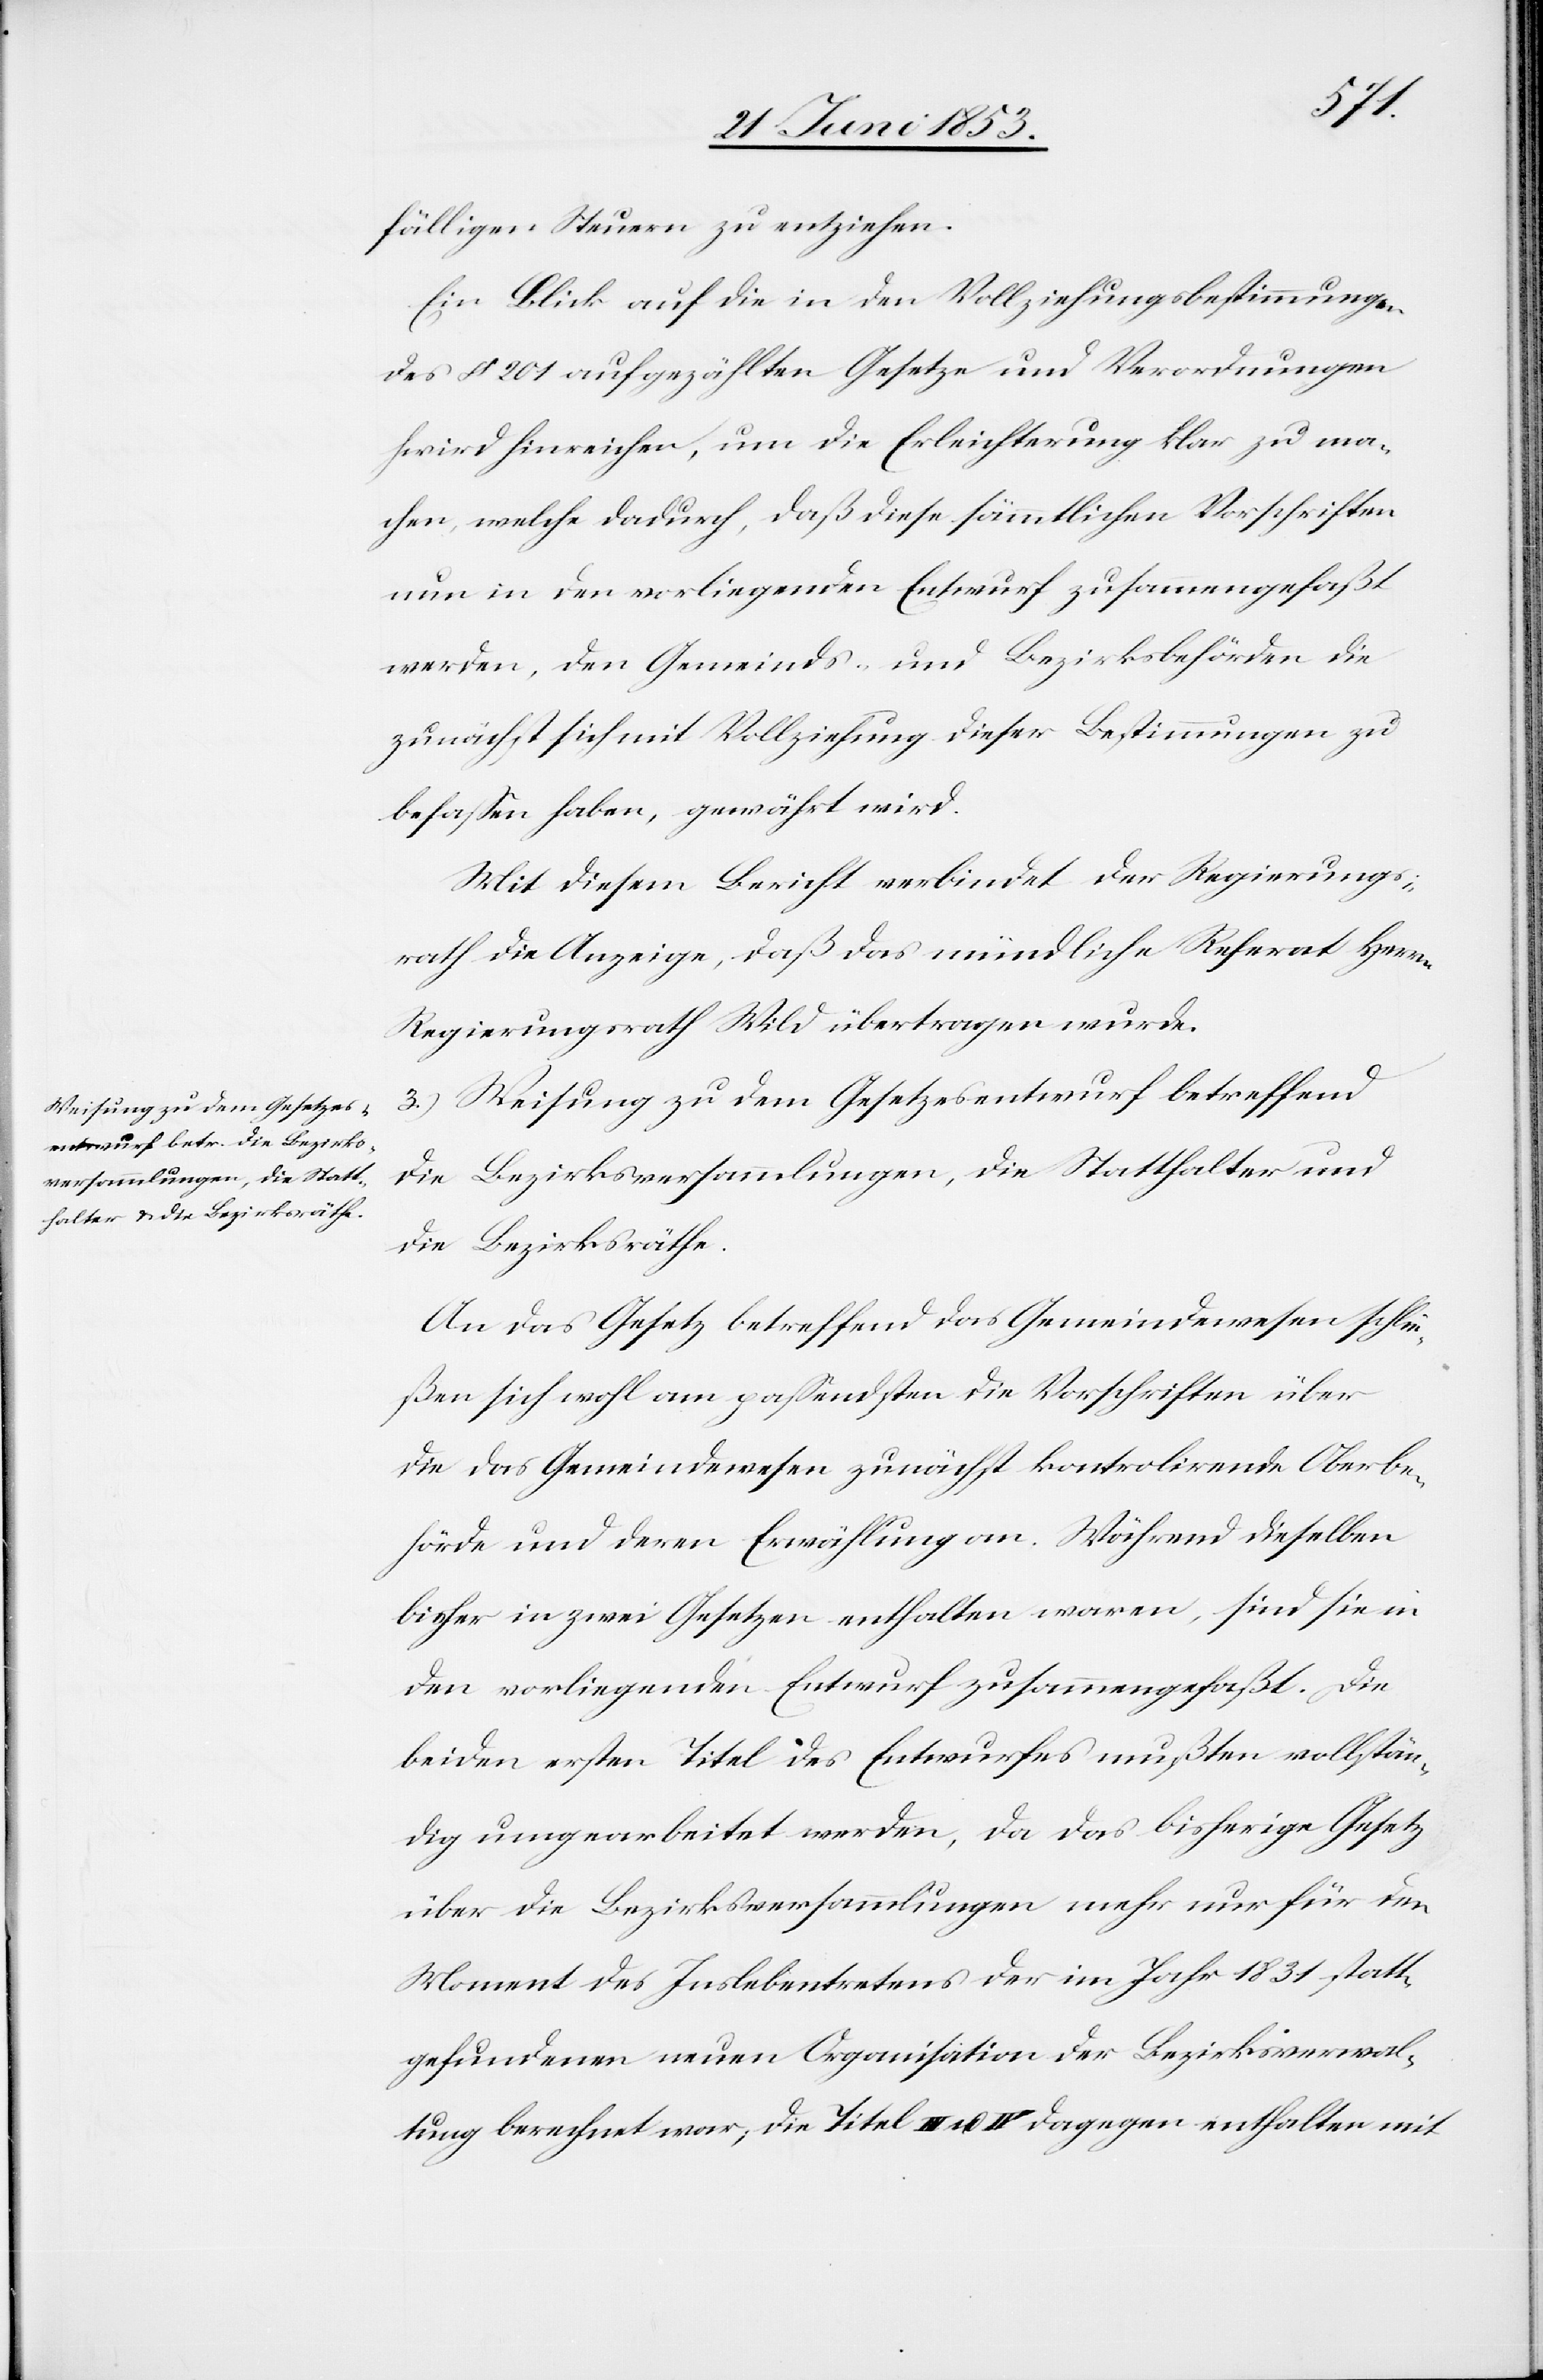
fälligen Steuern zu entziehen.
Ein Blick auf die in den Vollziehungsbestimmungen
des § 201 aufgezählten Gesetze und Verordnungen
wird hinreichen, um die Erleichterung klar zu ma¬
chen, welche dadurch, daß diese sämmtlichen Vorschriften
nun in den vorliegenden Entwurf zusammengefaßt
werden, den Gemeinds- und Bezirksbehörden die
zunächst sich mit Vollziehung dieser Bestimmungen zu
befaßen haben, gewährt wird.
Mit diesem Bericht verbindet der Regierungs¬
rath die Anzeige, daß das mündliche Referat Herrn
Regierungsrath Wild übertragen wurde.
3.) Weisung zu dem Gesetzesentwurf betreffend
die Bezirksversammlungen, die Statthalter und
die Bezirksräthe.
An das Gesetz betreffend das Gemeindewesen schlie¬
ßen sich wohl am paßendsten die Vorschriften über
die das Gemeindswesen zunächst kontrolirende Oberbe¬
hörde und deren Erwählung an. Während dieselben
bisher in zwei Gesetzen enthalten waren, sind sie in
den vorliegenden Entwurf zusammengefaßt. Die
beiden ersten Titel des Entwurfes mußten vollstän¬
dig umgearbeitet werden, da das bisherige Gesetz
über die Bezirksversammlungen mehr nur für den
Moment des Inslebentretens der Bezirksverwal¬
tung berechnet war, die Titel III. u. IV. dagegen enthalten mit